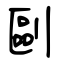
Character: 剾